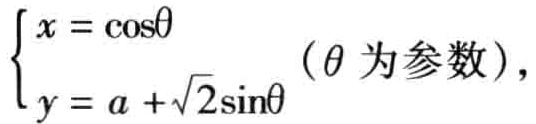
$\begin{cases}x = \cos\theta \\ y = a +\sqrt{2}\sin\theta\end{cases}$（$\theta$ 为参数），